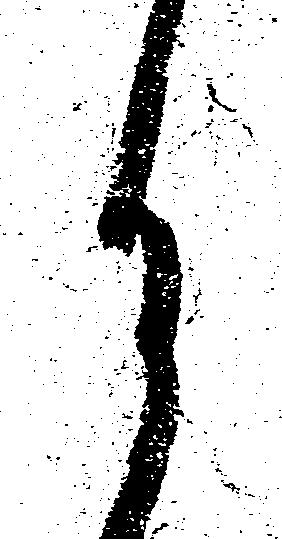
月